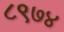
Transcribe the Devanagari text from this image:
८९७४